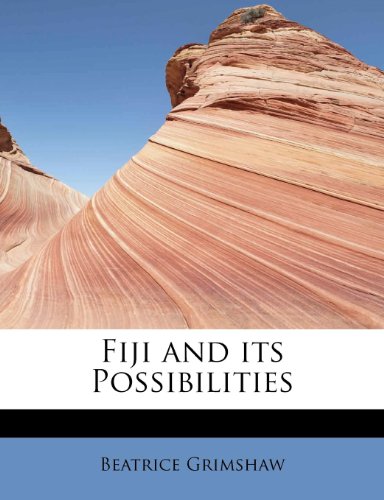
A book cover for Fiji and its Possibilities; Beatrice Grimshaw; History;